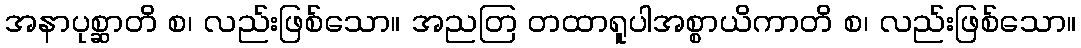
အနာပုစ္ဆာတိ စ၊ လည်းဖြစ်သော။ အညတြ တထာရူပါအစ္စာယိကာတိ စ၊ လည်းဖြစ်သော။